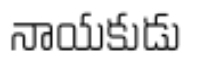
నాయకుడు